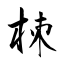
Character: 栜